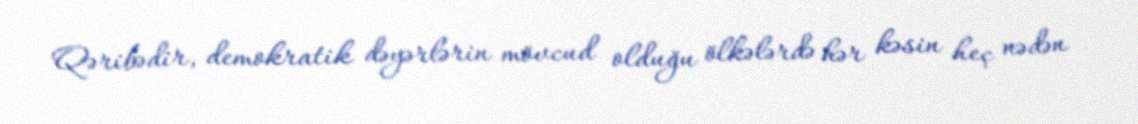
Qəribədir, demokratik dəyərlərin mövcud olduğu ölkələrdə hər kəsin heç nədən